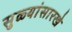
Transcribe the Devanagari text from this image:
सुळ्यांसारखे